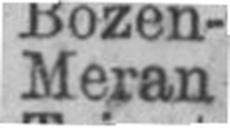
Meran